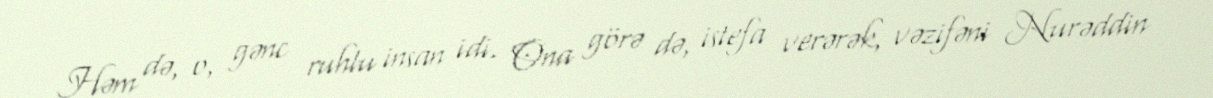
Həm də, o, gənc ruhlu insan idi. Ona görə də, istefa verərək, vəzifəni Nurəddin